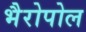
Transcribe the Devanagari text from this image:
भैरोपोल